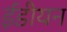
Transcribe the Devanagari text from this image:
ईंडीयन